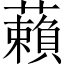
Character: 藾